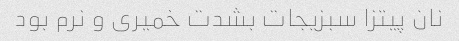
نان پیتزا سبزیجات بشدت خمیری و نرم بود